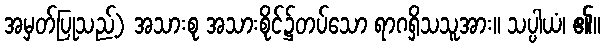
အမှတ်ပြုသည့်) အသားစု အသားစိုင်၌တပ်သော ရာဂရှိသသူအား။ သပ္ပါယံ၊ ၏။